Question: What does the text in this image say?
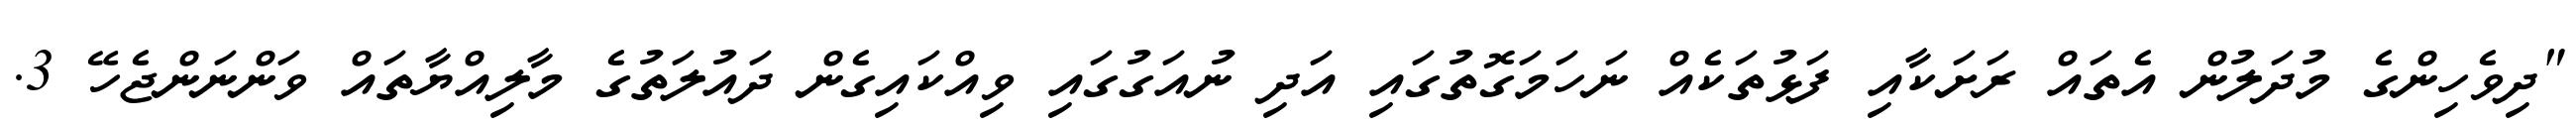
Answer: "ދިވެހިންގެ މުދަލުން އެތައް ރަށަކާއި ފަޅުތަކެއް ނަހަމަގޮތުގައި އަދި ނުއަގުގައި ވިއްކައިގެން ދައުލަތުގެ މާލިއްޔާތައް ވަންނަންޖެހޭ 3.